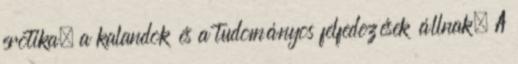
erotika, a kalandok és a tudományos felfedezések állnak. A